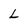
Character: l